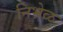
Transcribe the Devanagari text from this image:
निभ्रेळ